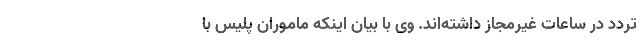
تردد در ساعات غیرمجاز داشته‌اند. وی با بیان اینکه ماموران پلیس با